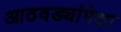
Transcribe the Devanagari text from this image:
आठवड्यांपेक्षा